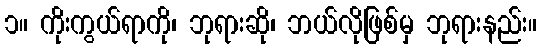
၁။ ကိုးကွယ်ရာကို၊ ဘုရားဆို၊ ဘယ်လိုဖြစ်မှ ဘုရားနည်း။